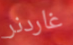
غاردنر